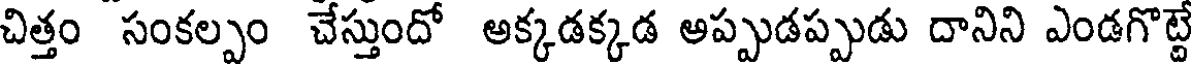
చిత్తం సంకల్పం చేస్తుందో అక్కడక్కడ అప్పుడప్పుడు దానిని ఎండగొట్టే